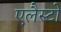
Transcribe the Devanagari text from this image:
एलैस्टो